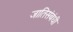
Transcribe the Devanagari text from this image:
जातिसंबंधी